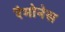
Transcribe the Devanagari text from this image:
रैमोनेस